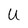
Character: U